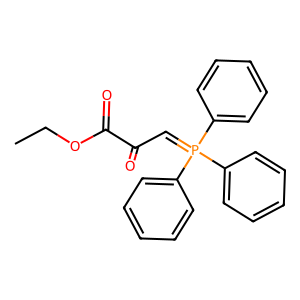
SMILES: CCOC(=O)C(=O)C=P(c1ccccc1)(c1ccccc1)c1ccccc1
Inhibits HIV replication: Yes